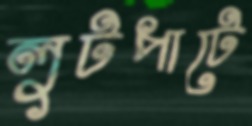
লুটপাটে